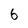
Character: b